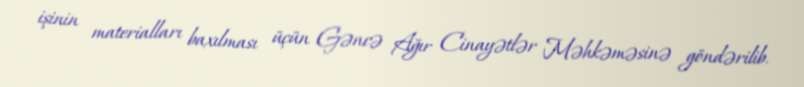
işinin materialları baxılması üçün Gəncə Ağır Cinayətlər Məhkəməsinə göndərilib.